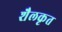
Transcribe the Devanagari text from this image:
शैलकृत